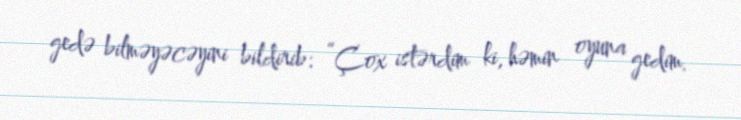
gedə bilməyəcəyini bildirib: “Çox istərdim ki, həmin oyuna gedim.